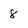
Character: 8